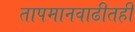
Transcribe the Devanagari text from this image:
तापमानवाढीतही